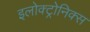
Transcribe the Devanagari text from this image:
इलोक्ट्रोनिक्स